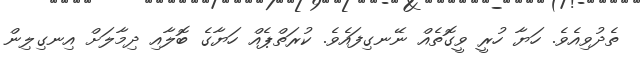
ތެދުވިއެވެ. ހަޔާ ހުރީ ވީގޮތެއް ނޭނގިފައެވެ. ކުރަތްޕެއް ހަޔާގެ ބޮލާއި ދިމާލަށް އިނގިލިން